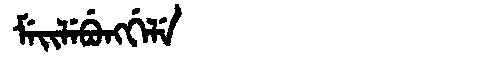
Manchu: ᠮᡝᡳᠯᡝᠪᡠᠩᡤᡝᠯᡝ
Romanization: MEILEBUNGGELE